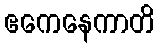
ဧကေနေကာတိ